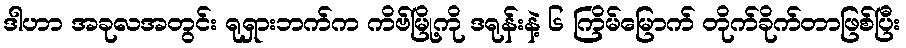
ဒါဟာ အခုလအတွင်း ရုရှားဘက်က ကိဗ်မြို့ကို ဒရုန်းနဲ့ ၆ ကြိမ်မြောက် တိုက်ခိုက်တာဖြစ်ပြီး